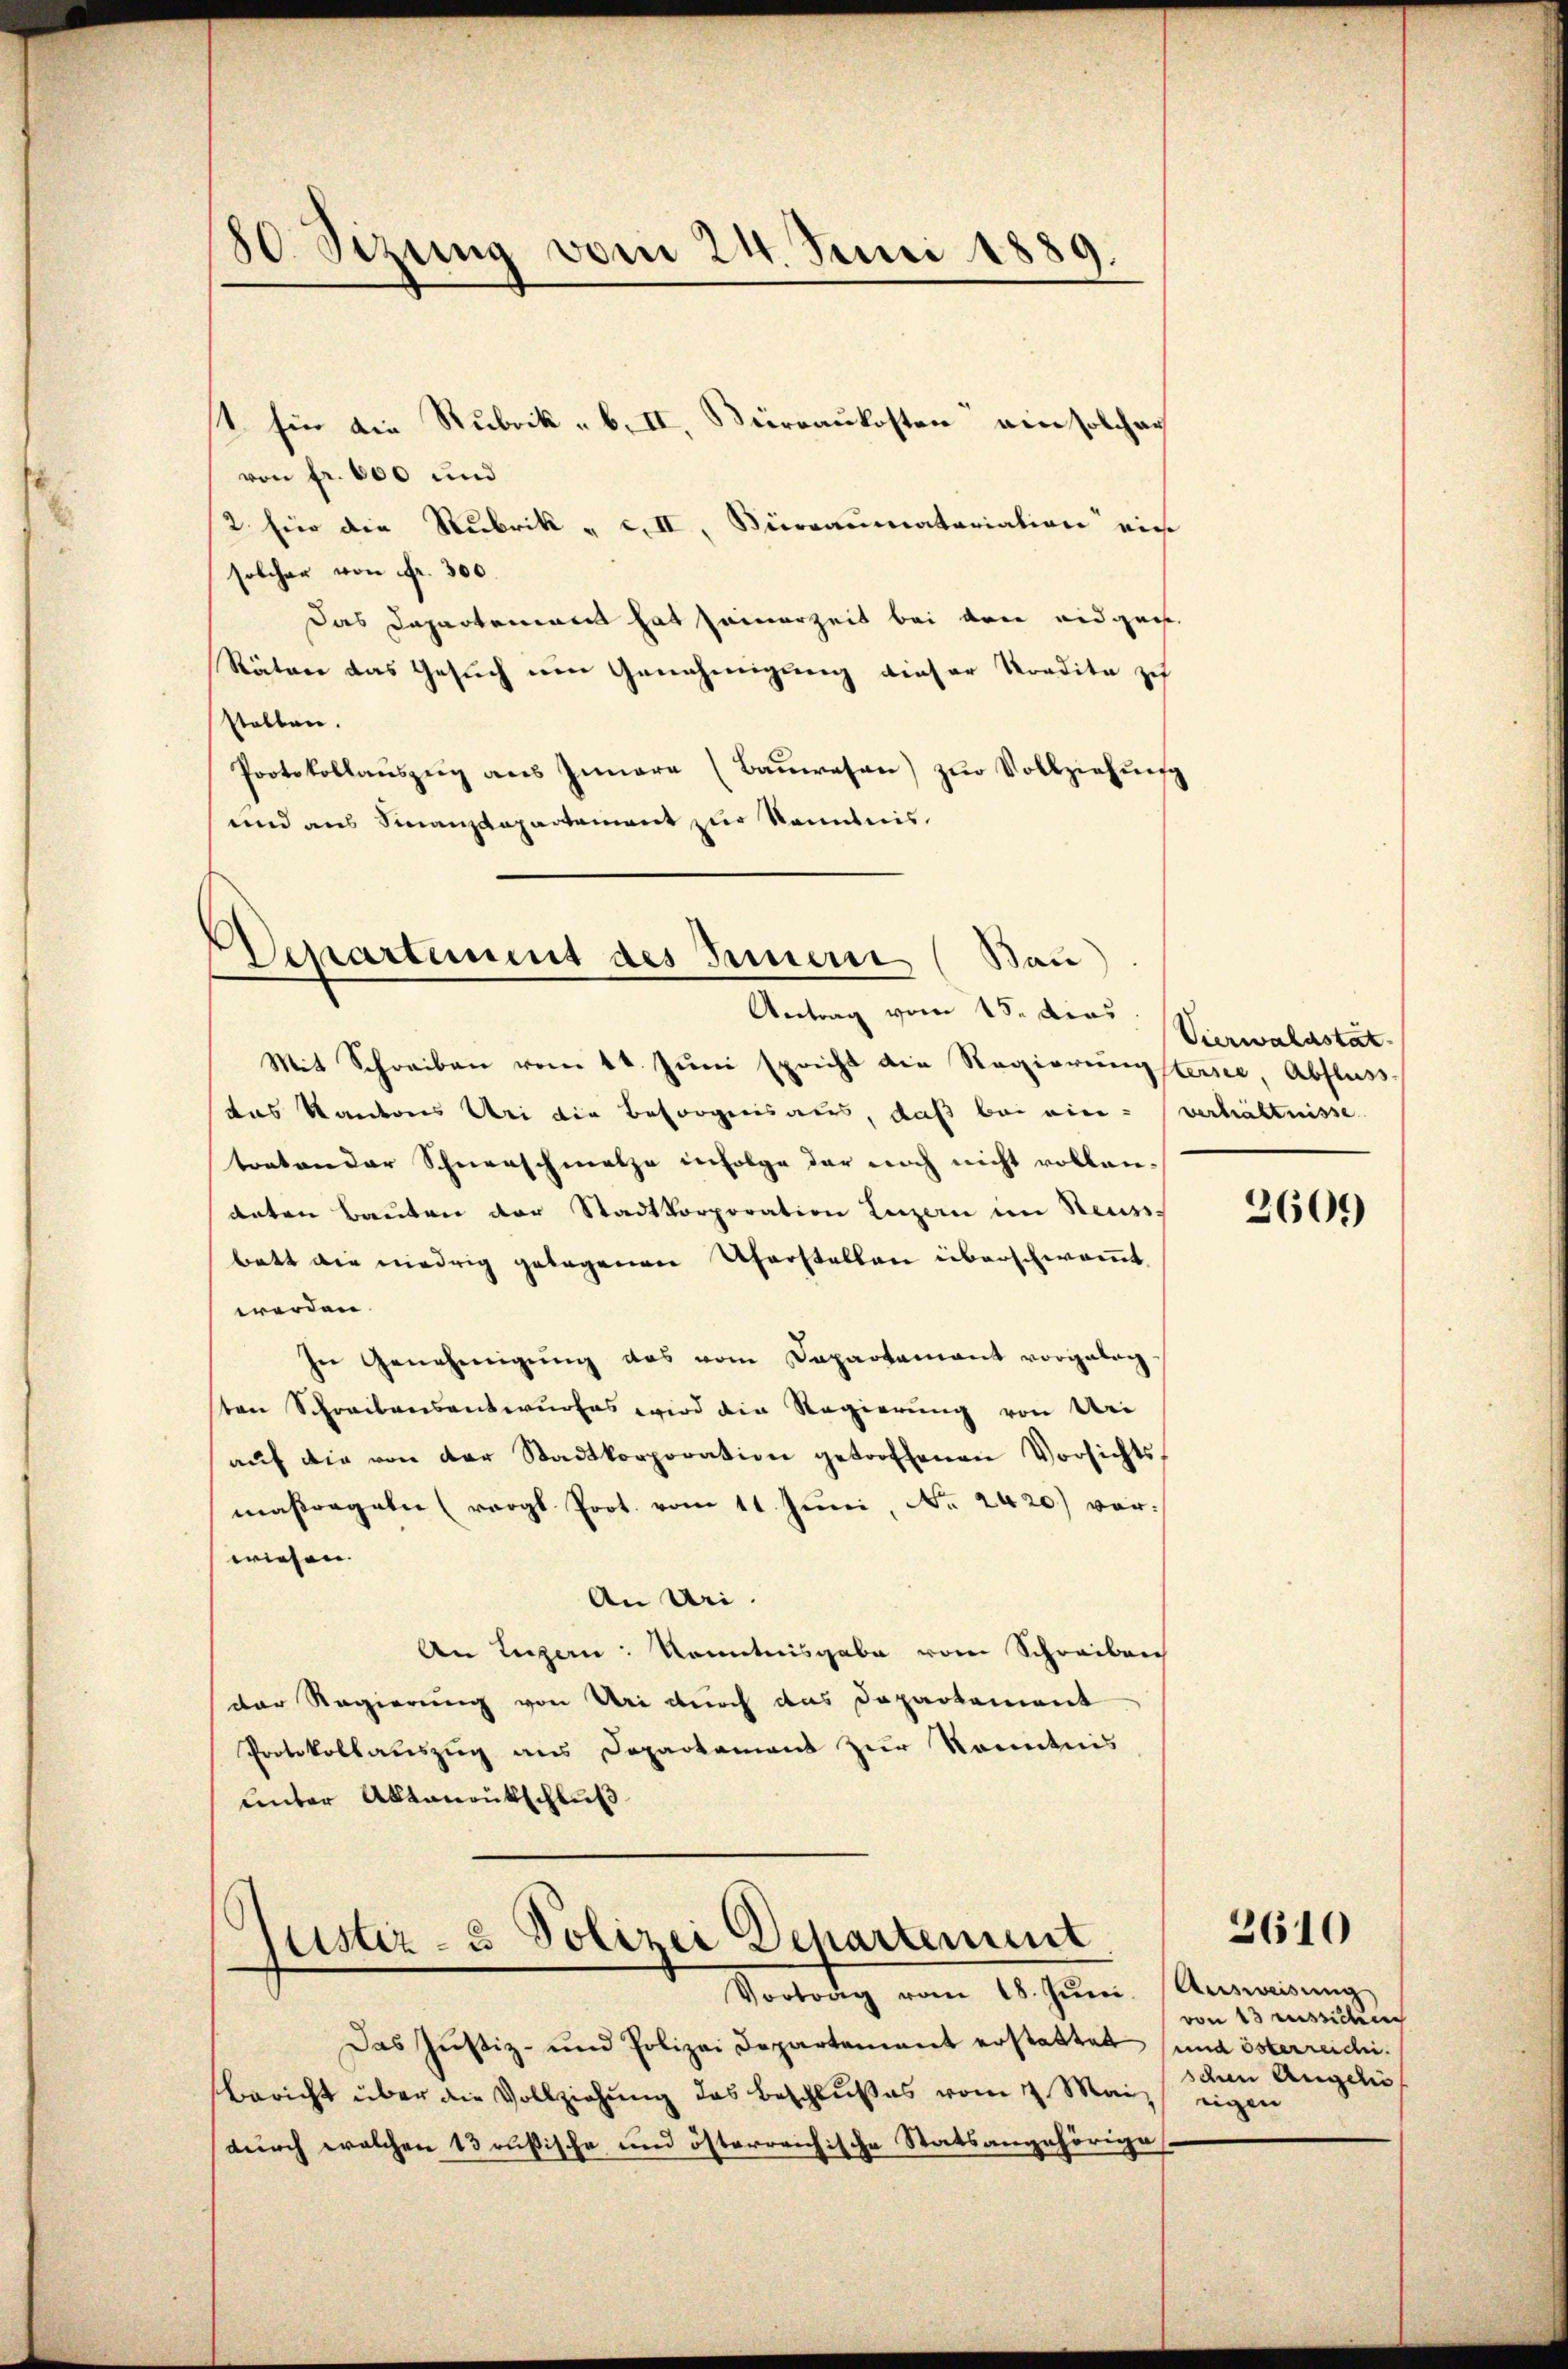
80 Sizung vom 24. Juni 1889.

st für die Rubrik „ b. II, Büreaukosten ein solcher
von fr. 600 und
2. für die Rubrik „ c. II, Bierraumatariation ein
solcher von Fr. 300.
Das Departement hat seinerzeit bei den eidgen
Räten das Gesuch ein Genehmigung dieser Kredita zu
stellen.
Protokollauszeig ans Innere (Baŭwesen) zŭr Vollziehŭng
und aus Finanzdepartement zur Kenntnis.

Departement des Innern (Bau)
Antrag vom 15. dies

Mit Schreiben vom 14. Juni spricht die Regierungstersee, Abfluss
das Kantons Bei die Besorgensaus, daß bei ein verhältnisse
toaton der Schneeschmalze infolge der noch nicht vollendaten Bauten der Stadtkorporation Luzern im Reuss-
batt die niedrig gelegenen Uferstellen überschwommt.
werden.
In Genehmigŭng das vom Departamant vorgeleg
sten Schreibensentwurfes wird die Regierung von Uri
aŭf die von der Stadtkorporation getroffenen Vorsichts,
maßregeln (vergl. Prot. vom 11. Juni, No 2420) vor:
wiesen.
An Uri.
An Luzern Kenntnisgabe von Schreiben
der Regierung von Uri durch das Departement
Protokollauszug aus Departament zur Kenntnis
unter Altanentschluß

s
tistiz- & Polizei Departement
Vortrag vom 18. Jŭni. Ausweisung

Das Justiz- und Polizei Departement erstattet (und österreichi¬
Bericht über die Vollziehung des Beschlußes vom 1. Mai eigen
durch welchen 13 rußische und österreichische Statsangehöriges.

Vierwaldstat

2609

von 13 aussichen
schen Angeli

2610